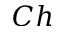
C h